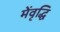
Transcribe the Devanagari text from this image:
मेंवृद्धि